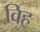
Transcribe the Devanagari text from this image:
विह